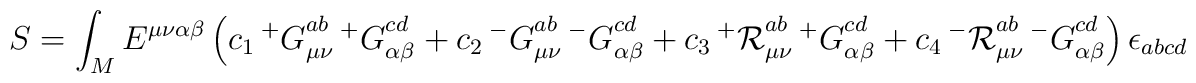
S=\int_M E^{\mu \nu \alpha \beta }\left( c_1\, {^+G}_{\mu \nu }^{ab} \,{^+G}_{\alpha \beta}^{cd}+ c_2\,{^-G}_{\mu \nu }^{ab}\,{^-G}_{\alpha \beta }^{cd}  + c_3\,{^+{\cal R}}_{\mu \nu }^{ab}\,{^+G}_{\alpha \beta }^{cd} + c_4\, {^-{\cal R}}_{\mu \nu}^{ab}\,{^-G}_{\alpha \beta }^{cd} \right)\epsilon_{abcd}